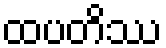
ထပတိဿ